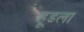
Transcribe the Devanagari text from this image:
हूडला